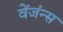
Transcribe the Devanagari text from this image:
वेंजंन्स